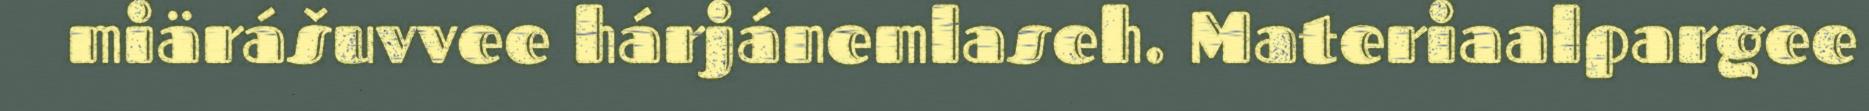
miärášuvvee hárjánemlaseh. Materiaalpargee